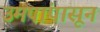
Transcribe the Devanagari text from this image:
उमपांपासून